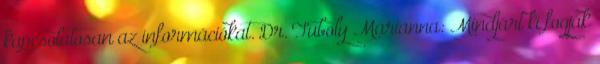
kapcsolatosan az információkat. Dr. Tuboly Marianna: Mindjárt ki fogják